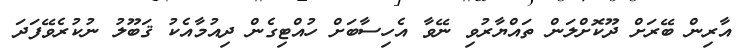
އާރިން ބޭރަށް ދޫކޮށްލަން ތައްޔާރުވި ނޭވާ އެހިސާބަށް ހުއްޓިގެން ދިއުމާއެކު ޤަބޫލު ނުކުރެވޭފަދަ